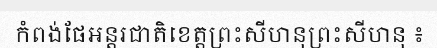
កំពង់ផែអន្តរជាតិខេត្តព្រះសីហនុព្រះសីហនុ ៖